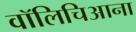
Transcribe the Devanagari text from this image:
वॉलिचिआना